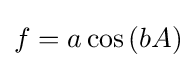
f=a\cos \left(bA\right)